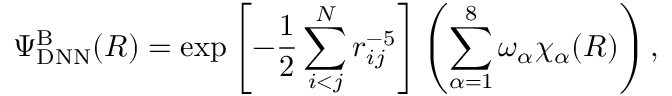
\Psi _ { \mathrm { D N N } } ^ { \mathrm { B } } ( R ) = \exp \left[ - \frac 1 2 \sum _ { i < j } ^ { N } r _ { i j } ^ { - 5 } \right] \left( \sum _ { \alpha = 1 } ^ { 8 } \omega _ { \alpha } \chi _ { \alpha } ( R ) \right) ,